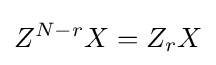
Z^{N-r}X=Z_{r}X